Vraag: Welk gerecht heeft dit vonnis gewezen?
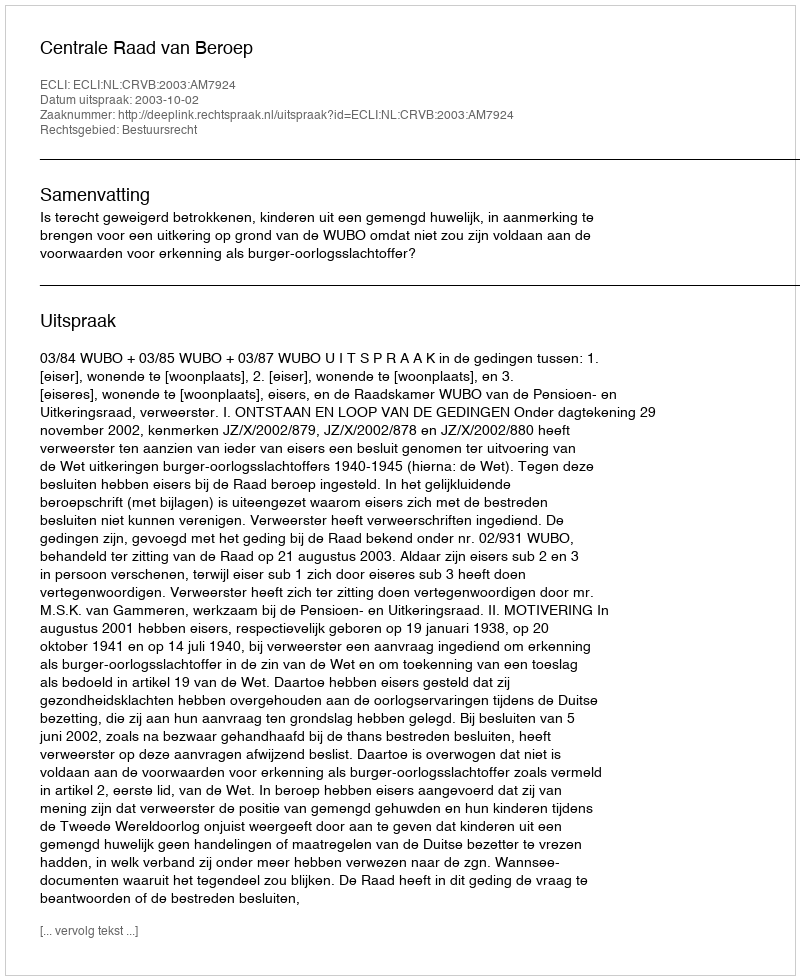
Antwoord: Centrale Raad van Beroep